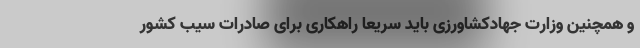
و همچنین وزارت جهادکشاورزی باید سریعاً راهکاری برای صادرات سیب کشور